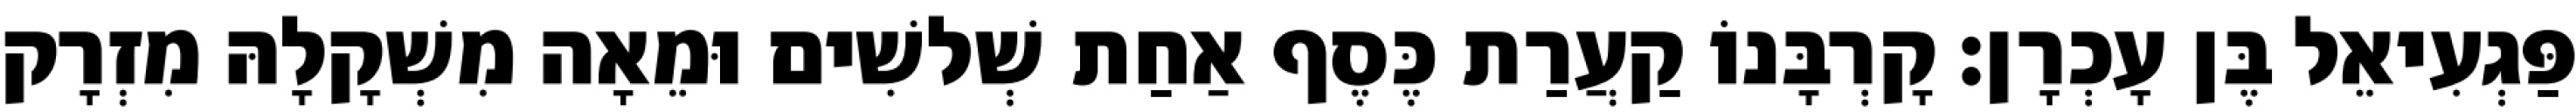
פַּגְעִיאֵל בֶּן עָכְרָן׃ קָרְבָּנוֹ קַעֲרַת כֶּסֶף אַחַת שְׁלשִׁים וּמֵאָה מִשְׁקָלָהּ מִזְרָק